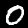
Digit: 0